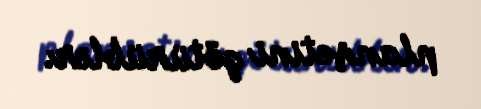
planşetini götürüblər.